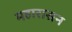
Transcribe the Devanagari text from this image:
महारासन